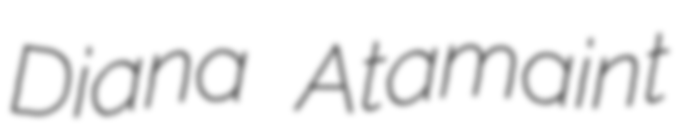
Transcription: Diana Atamaint